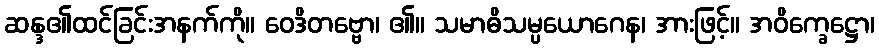
ဆန္ဒ၏ထင်ခြင်းအနက်ကို။ ဝေဒိတဗ္ဗော၊ ၏။ သမာဓိသမ္ပယောဂေန၊ အားဖြင့်။ အဝိက္ခေဋ္ဌော၊